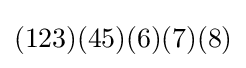
(123)(45)(6)(7)(8)